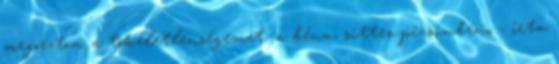
megosztom a tökéletlenségemet, a béna, sittes pizsimben„ - írta